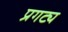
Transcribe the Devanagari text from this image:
प्रगट्य